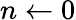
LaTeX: n\gets 0